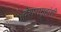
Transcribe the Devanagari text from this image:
देशसमू्हांशी